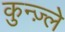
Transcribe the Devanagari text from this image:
कुन्ज़्ले